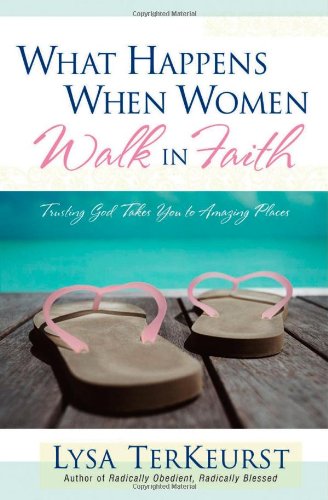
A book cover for What Happens When Women Walk in Faith: Trusting God Takes You to Amazing Places; Lysa TerKeurst; Christian Books & Bibles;